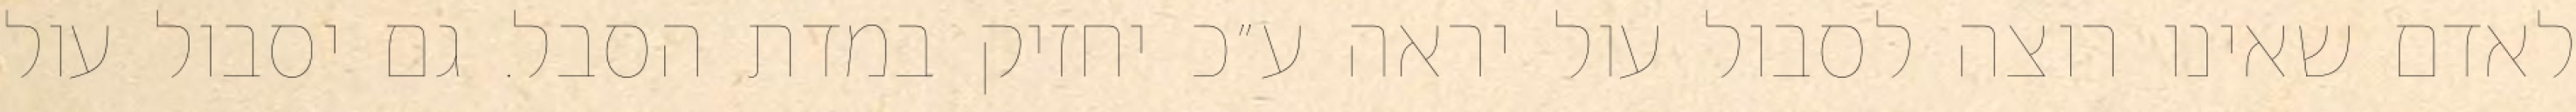
לאדם שאינו רוצה לסבול עול יראה ע״כ יחזיק במדת הסבל. גם יסבול עול